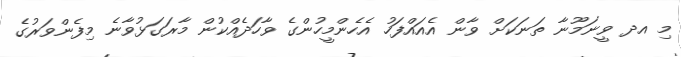
މި އދ ވީނަމޫނާ ތަނަކަށް ވާން އެއައްފަހު އެހެންމީހުންގެ ވާހަދެއްކުން މާރަގަޅުވާނެ މިފެންވަރުގެ